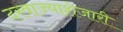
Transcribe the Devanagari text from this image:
दरवाज्याशेजारी